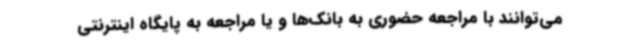
می‌توانند با مراجعه حضوری به بانک‌ها و یا مراجعه به پایگاه اینترنتی